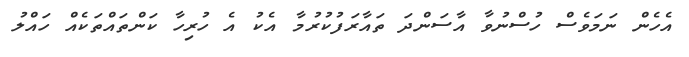
އެހެން ނަމަވެސް ހުސްނުވާ އާސަންދަ ތައާރަފުކުރުމާ އެކު އެ ހުރިހާ ކަންތައްތަކެއް ހައްލު